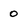
Character: 0